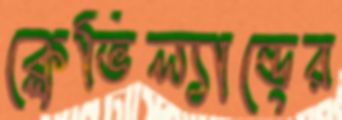
ক্লেভিল্যান্ডের